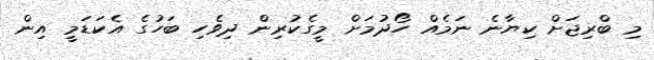
މި ބްރިޖަށް ކިޔާނެ ނަމެއް ހޯދުމަށް މީގެކުރިން ދިވެހި ބަހުގެ އެކަޑަމީ އިން